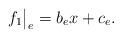
LaTeX: \begin{align*} f_1\big|_e = b_ex + c_e.\end{align*}